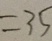
= 3 5